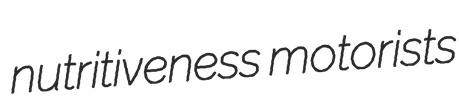
nutritiveness motorists